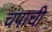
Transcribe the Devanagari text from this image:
चंपाची